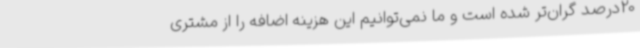
20درصد گران‌تر شده است و ما نمی‌توانیم این هزینه اضافه را از مشتری